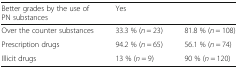
<table><thead><tr><td><b>Better grades by the use of PN substances</b></td><td><b>Yes</b></td><td>[EMPTY_CELL]</td></tr></thead><tbody><tr><td>Over the counter substances</td><td>33.3 % (<i>n</i> = 23)</td><td>81.8 % (<i>n</i> = 108)</td></tr><tr><td>Prescription drugs</td><td>94.2 % (<i>n</i> = 65)</td><td>56.1 % (<i>n</i> = 74)</td></tr><tr><td>Illicit drugs</td><td>13 % (<i>n</i> = 9)</td><td>90 % (<i>n</i> = 120)</td></tr></tbody></table>